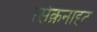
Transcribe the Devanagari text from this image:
सिंक्रनाइट